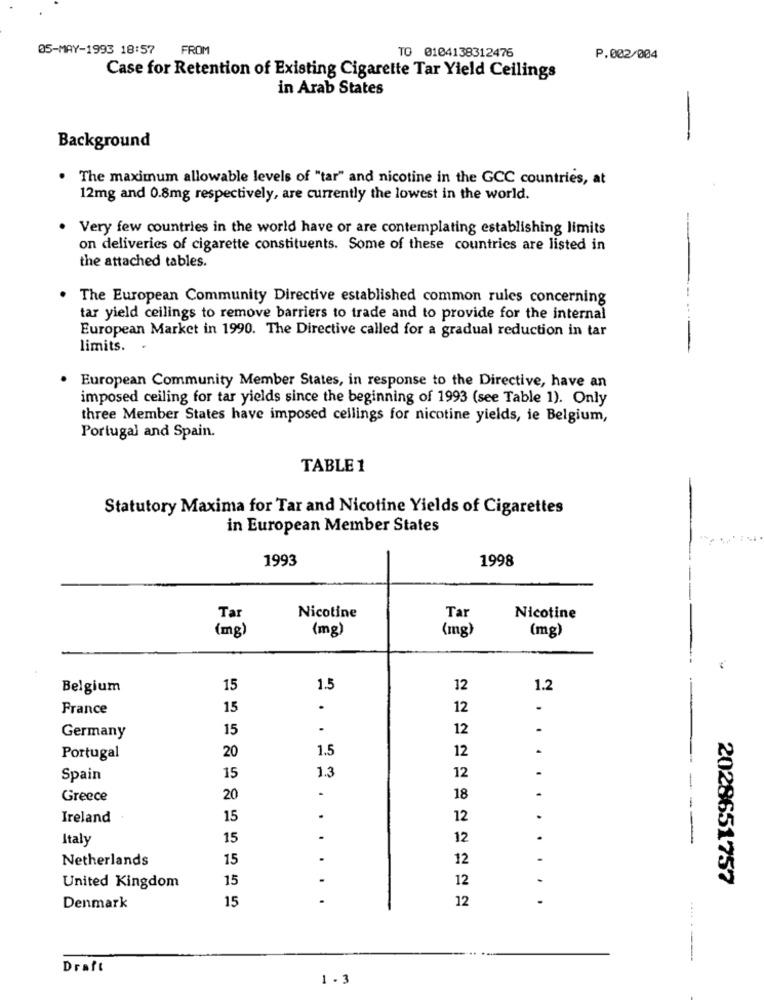
05-MAY-1993 18:57
FROM
TO 0104138312476
P.002/004
Case for Retention of Existing Cigarette Tar Yield Ceilings
in Arab States
Background
The maximum allowable levels of "tar" and nicotine in the GCC countries, at
12mg and 0.8mg respectively, are currently the lowest in the world.
. Very few countries in the world have or are contemplating establishing limits
on deliveries of cigarette constituents. Some of these countries are listed in
the attached tables.
. The European Community Directive established common rules concerning
..
tar yield ceilings to remove barriers to trade and to provide for the internal
European Market in 1990. The Directive called for a gradual reduction in tar
limits.
European Community Member States, in response to the Directive, have an
imposed ceiling for tar yields since the beginning of 1993 (see Table 1). Only
three Member States have imposed cellings for nicotine yields, ie Belgium,
Portugal and Spain.
TABLE 1
Statutory Maxima for Tar and Nicotine Yields of Cigarettes
in European Member States
1993
1998
Tar
Tar
Nicotine
Nicotine
(mg)
(mg)
(mg)
(mg)
Belgium
15
1.5
12
1.2
France
15
12
15
.
12
Germany
20
1.5
12
Portugal
Spain
15
1.3
12
-
Greece
20
18
Ireland
15
12
Italy
15
12
Netherlands
15
12
15
12
2028651757
United Kingdom
15
12
Denmark
Draft
1.3